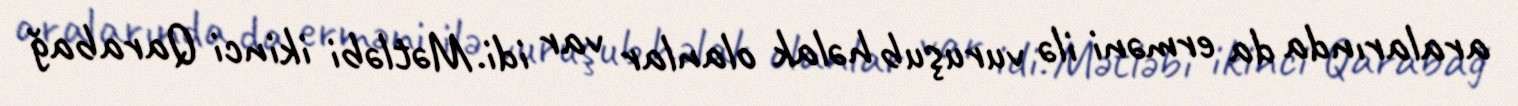
aralarında da erməni ilə vuruşub həlak olanlar var idi. Mətləbi ikinci Qarabağ